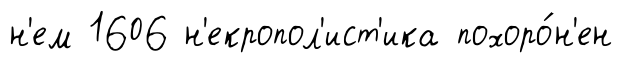
н'ем 1606 н'екропол'ист'ика похоро́н'ен